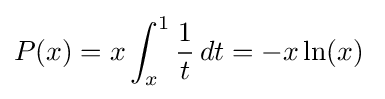
P(x)=x\int _{x}^{1}{\frac {1}{t}}\,dt=-x\ln(x)\;